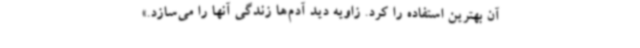
آن بهترین استفاده را کرد. زاویه دید آدم‌ها زندگی آنها را می‌سازد.»